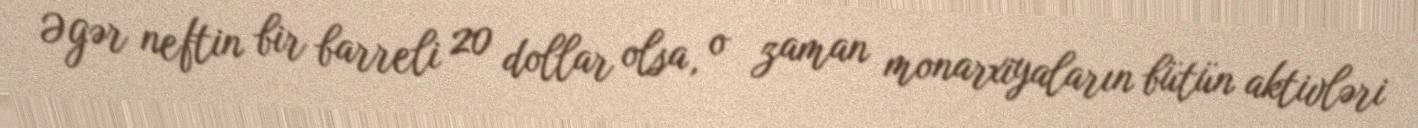
Əgər neftin bir barreli 20 dollar olsa, o zaman monarxiyaların bütün aktivləri